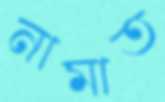
নামাত